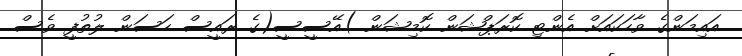
އައިމަންގެ ވާހަކައަށް އެންޓި ކޮރަޕްޝަން ކޮމިޝަން )އޭސީސީ(ގެ ރައީސް ހަސަން ލުތުފީ ވެސް